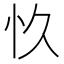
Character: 𮱿